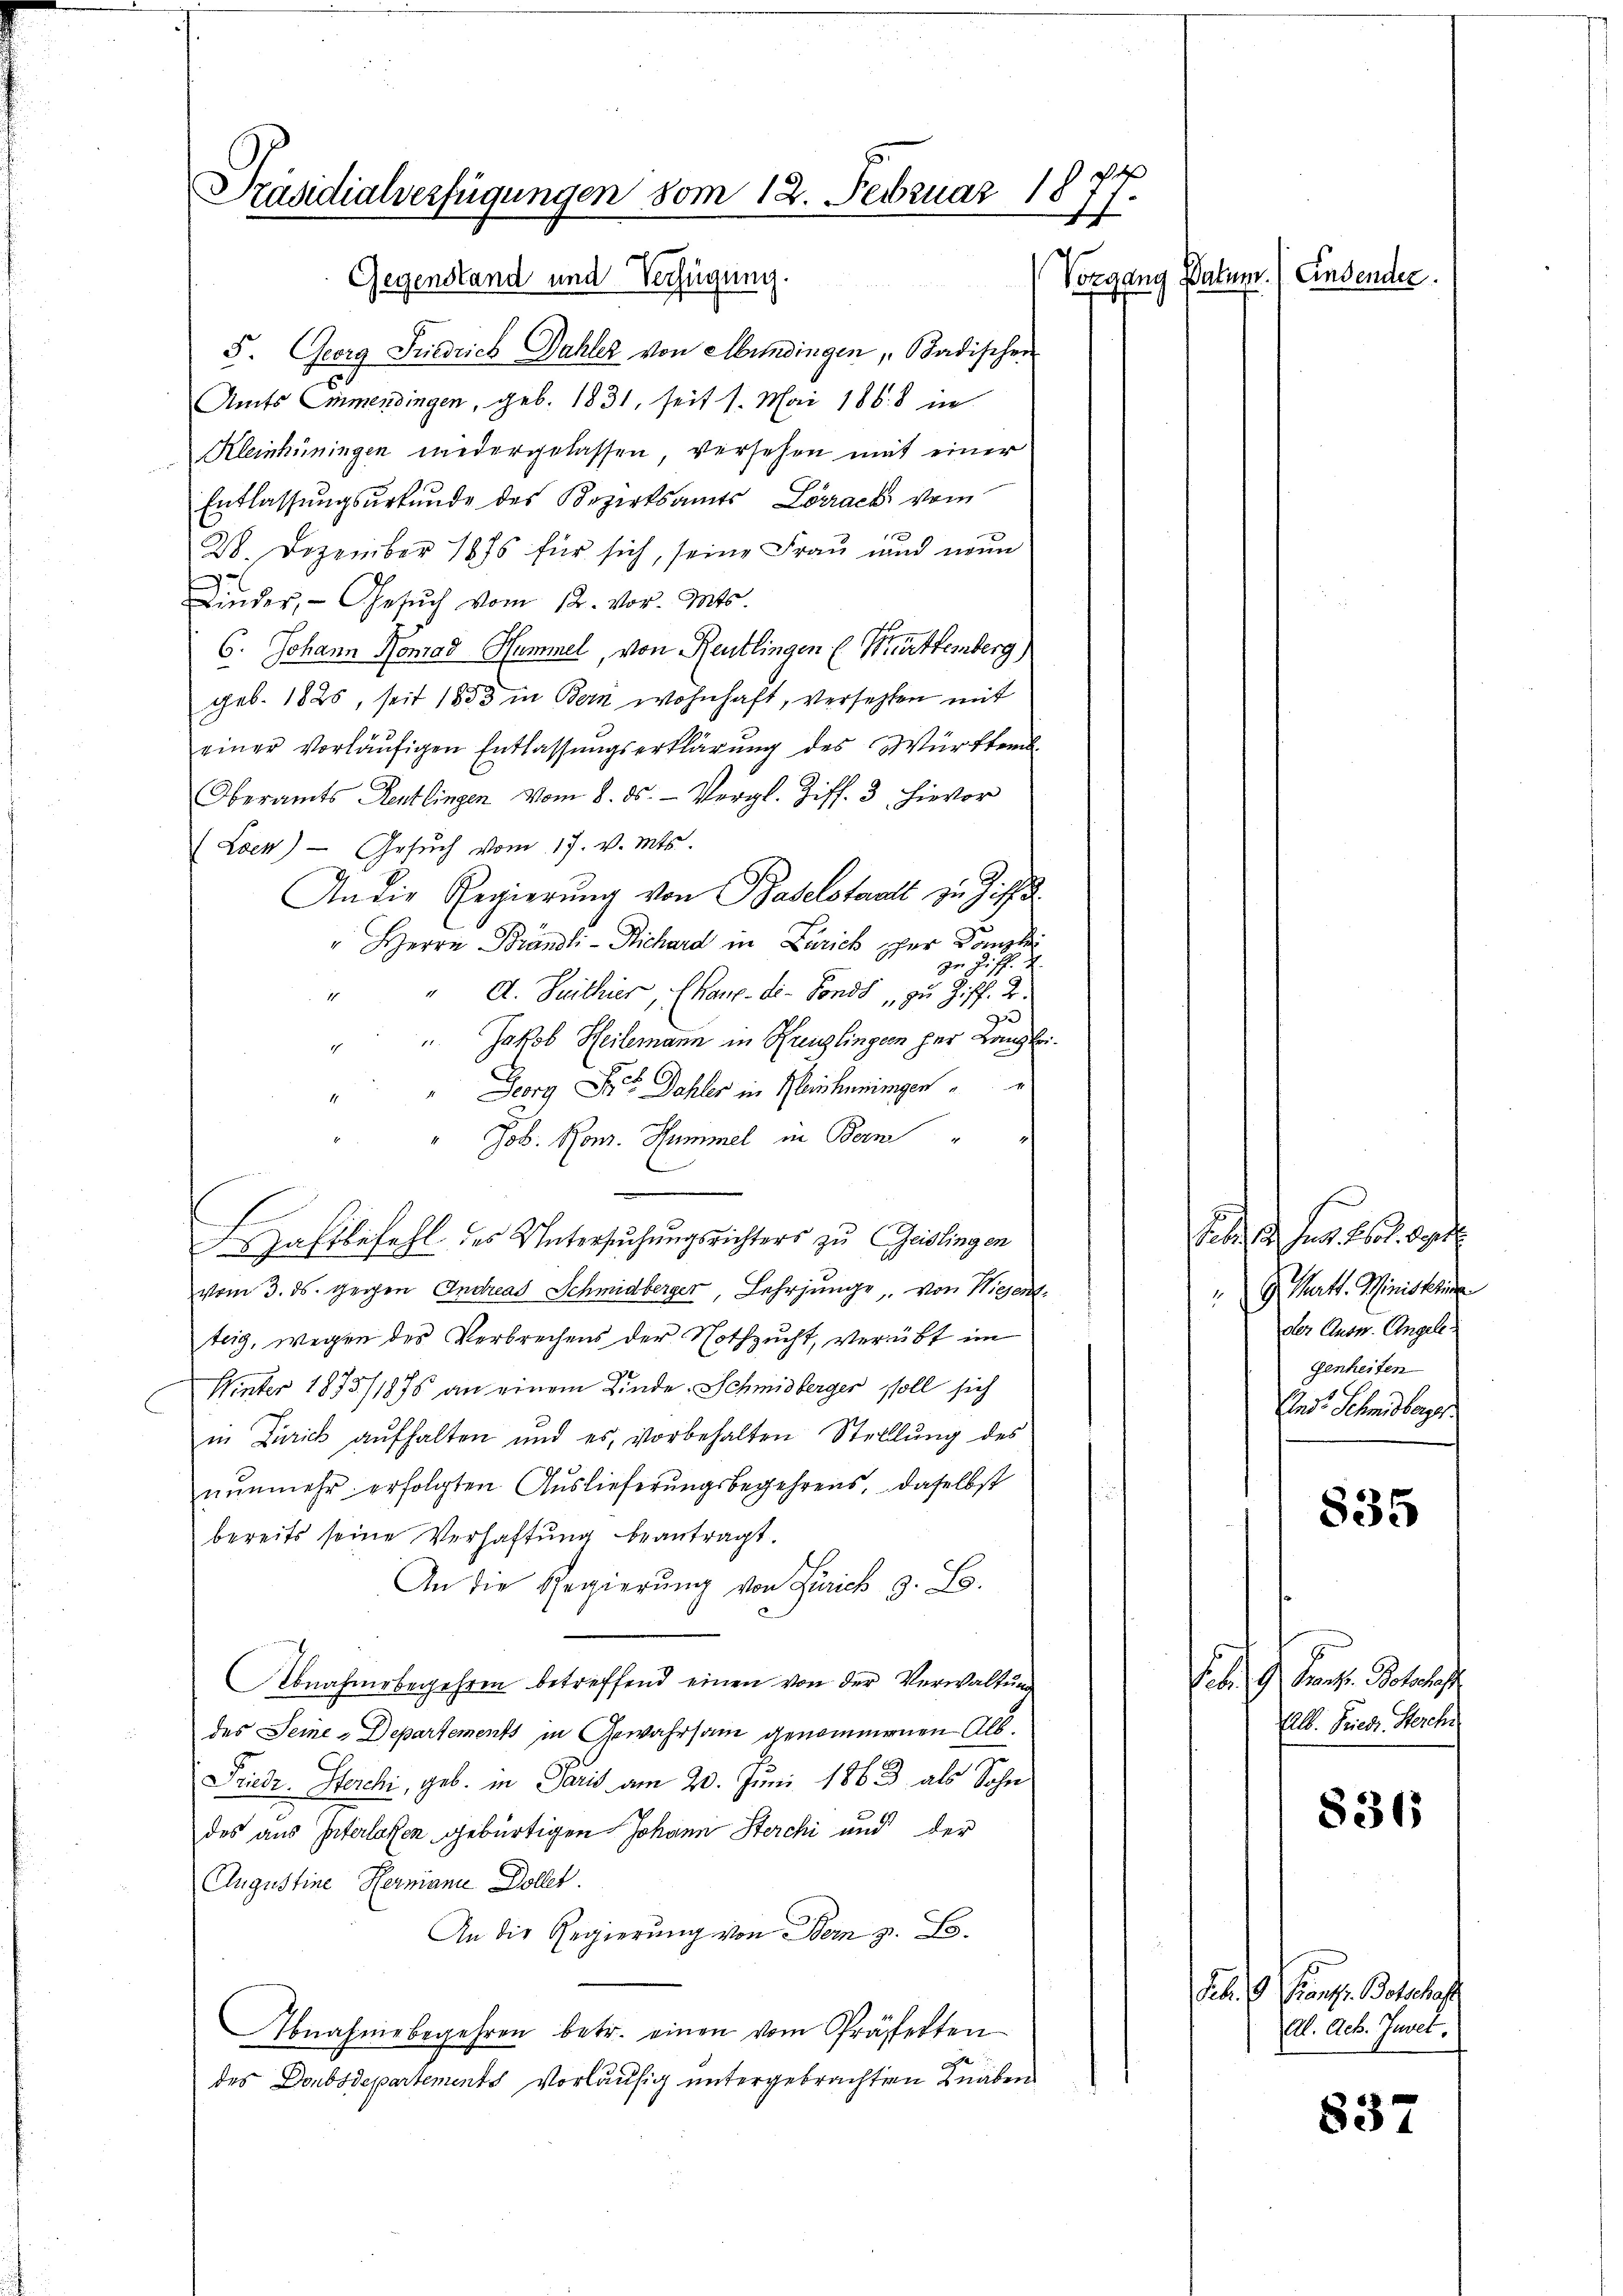
Präsidialverfügungen vom 12. Februar 1877.
Vorgang Datum. (Einsender
Gegenstand und Verfügung.

5. Georg Friedrich Dahler von Mundingen, Badischen
Amts Emmendingen, geb. 1831. seit 1. Mai 1868 ne
Kleinhüningen wiedergelassen, versehen mit einer
Entlassungsurkunde des Bezirksamts Lörrack vom
1
28. Dezember 1876 für sich, seine Frau und neun
Kinder, Gesŭch vom 12. vor. Mts.
6. Johann Konrad Hummel, von Reutlingen Württemberg,
geb. 1825, seit 1853 in Bern wohnhaft, versetzten mit
einer vorläufigen Entlassungserklärung des Württem
Oberamts Reutlingen vom 8. ds. - Vergl. Ziff. 3, hievor
(Loen) Gesŭch vom 17. v. Mts.
An die Regierŭng von Baselstaat zu Ziff.
" Herrn Brändli - Richard in Zarich per Dampfe

J
" " A. Seithier, Chaux-de-Fonds, zu Ziff. 2.
3
 Jakob Heilemann in Kreuzlingern her Lang kei¬
Georg Fr. Dahler in Menscheningen
2
Job. Rom. Summel in Bern
n
E
Zaftbefehl des Untersuchungsrichters zu Geislingen
vom 3. ds. gegen Andreas Schmidberger, Lehrjunge, von Wiesentteig, wegen des Verbrechens der Nothzucht, verübt im
Winter 1873/1875 an einem Kinde. Schmidberger soll sich
in Zürich aufhalten und es, vorbehalten Stelllung des
nŭnmehr erfolgten Auslieferŭngsbegehrens, daselbst
bereits seine Verhaftung beantragt.
An die Regierŭng von Zürich z. B.
Abnahmebegehren betreffend einen von der Verwaltung
des Seine Departements in Gewahrsam genommenen Alb.
Friedr. Sterchi, geb. in Paris am 20. Juni 1863 als Sohn
des aus Interlassen gebürtigen Johann Sterchi und der
Augustine Hermanie Dollet.
An die Regierung von Bern z. B.
Abnahme begehren betr. einen vom Prästetten
des Doubsdepartements vorläufig untergebrachten Knaben

Febr. c. fr. 26. Sept.
G. Matt. Ministrin
der Ausn. Angelegenheiten
And. Schmidberger
835

. G. Franz. Rectoris
Alb. Friedr. Herche

836

Feb. G. Kanzl. Botschaf
Al. Ach. Juvet.

837